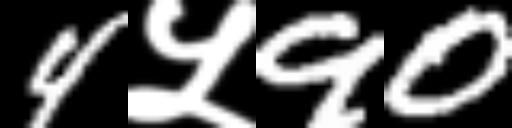
Text: 4५90